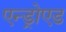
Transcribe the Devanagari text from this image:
एन्ड्रोएड